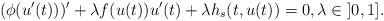
LaTeX: \begin{align*}(\phi(u'(t)))' +\lambda f(u(t))u'(t) + \lambda h_{s}(t,u(t)) = 0, \lambda\in\mathopen{]}0,1\mathclose{]}.\end{align*}